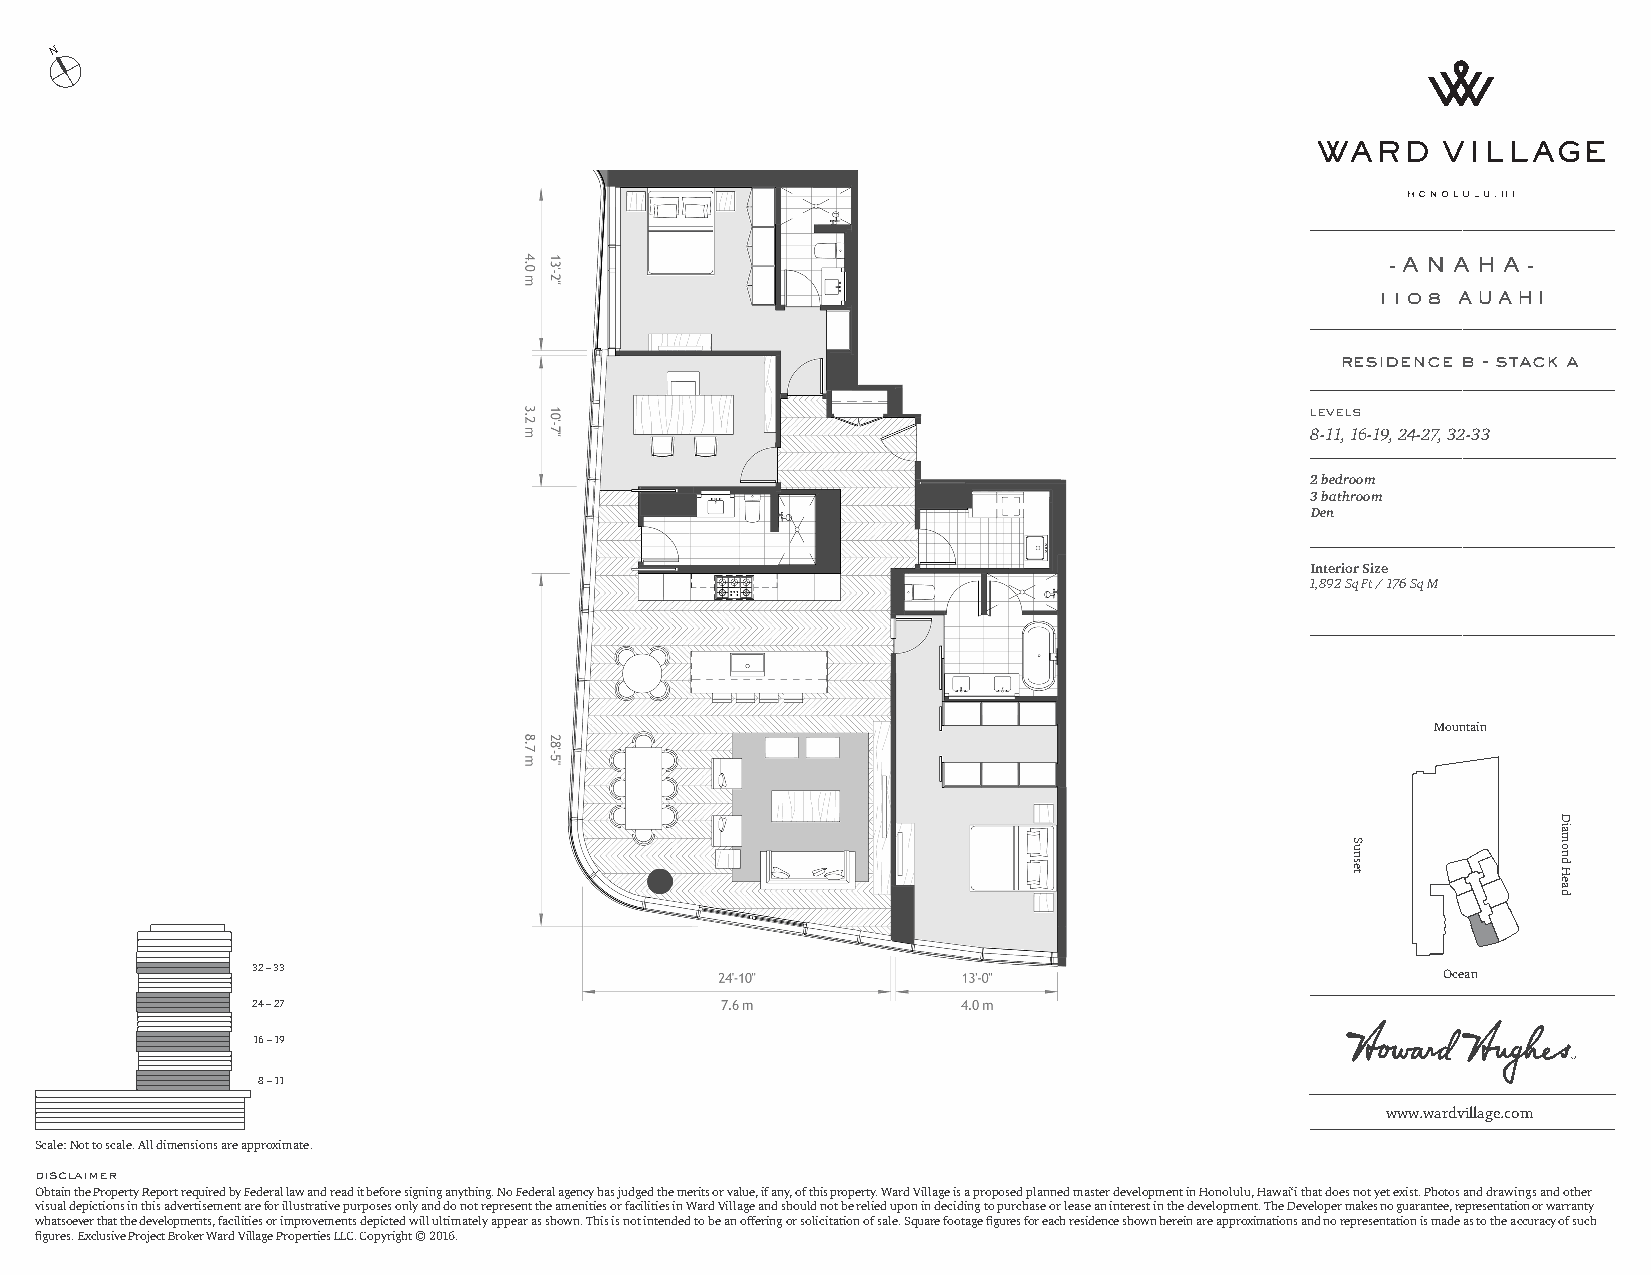
N
 - A N A H A -
 1108 AUAHI
 residence b - stack a
 levels
 8-11, 16-19, 24-27, 32-33
 2 bedroom
 3 bathroom
 Den
 Interior Size
 1,892 Sq Ft / 176 Sq M
 Mountain
 32 – 33                                                                        Ocean
 24 – 27
 16 – 19
 8 – 11
 www.wardvillage.com
 Scale: Not to scale. All dimensions are approximate.
 disclaimer
 Obtain the Property Report required by Federal law and read it before signing anything. No Federal agency has judged the merits or value, if any, of this property. Ward Village is a proposed planned master development in Honolulu, Hawai‘i that does not yet exist. Photos and drawings and other
 visual depictions in this advertisement are for illustrative purposes only and do not represent the amenities or facilities in Ward Village and should not be relied upon in deciding to purchase or lease an interest in the development. The Developer makes no guarantee, representation or warranty
 whatsoever that the developments, facilities or improvements depicted will ultimately appear as shown. This is not intended to be an offering or solicitation of sale. Square footage figures for each residence shown herein are approximations and no representation is made as to the accuracy of such
 figures. Exclusive Project Broker Ward Village Properties LLC. Copyright © 2016.
 Sunset
 Diamond
 Head